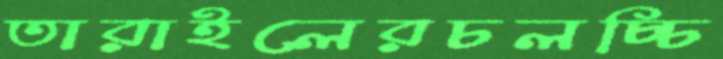
তারাইলেরচলচ্চি